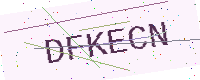
Text: DFKECN